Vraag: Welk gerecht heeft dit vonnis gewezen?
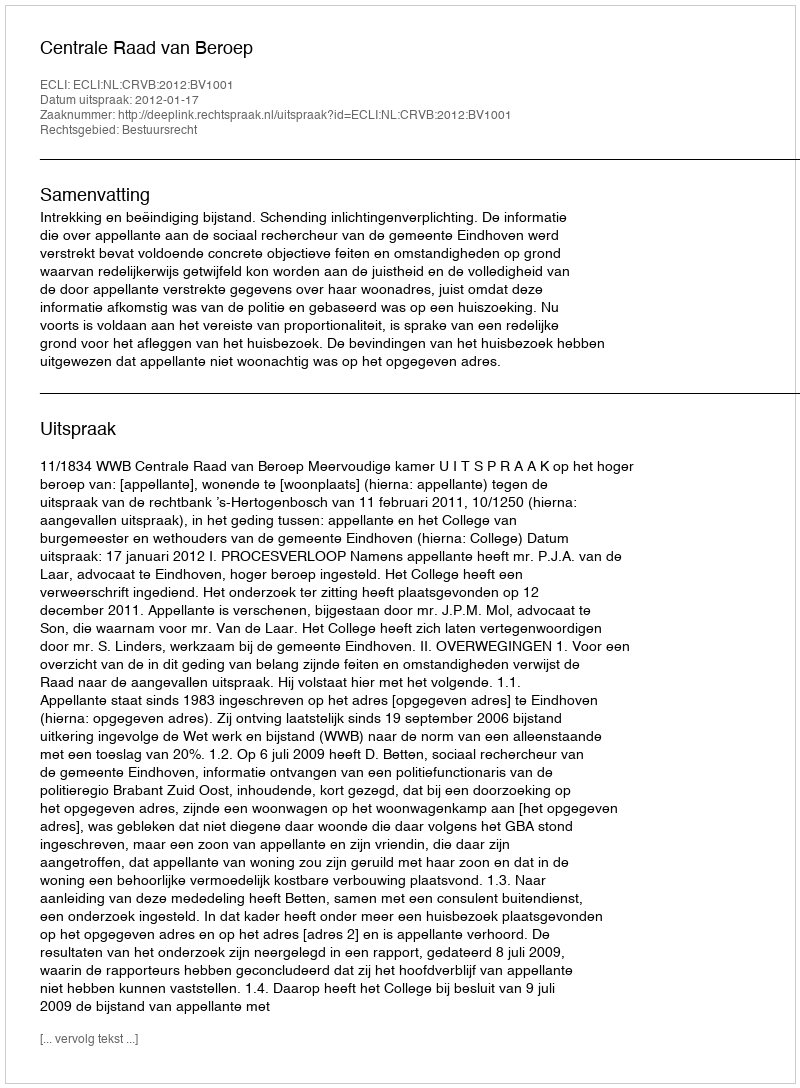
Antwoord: Centrale Raad van Beroep